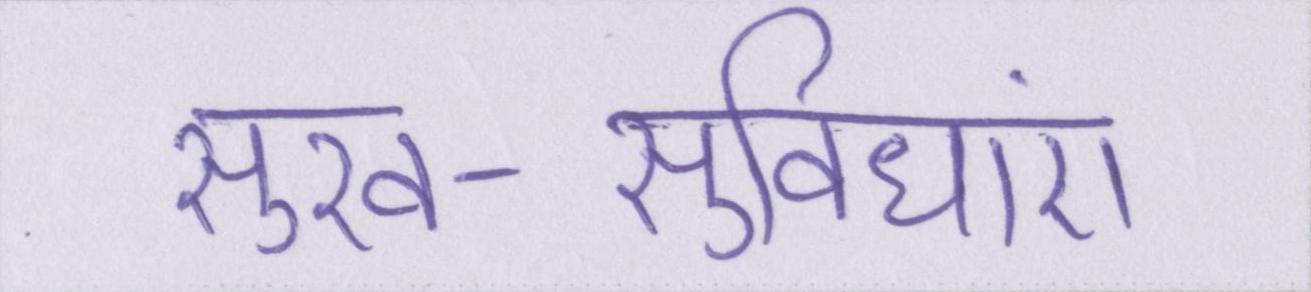
सुख-सुविधाएं